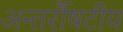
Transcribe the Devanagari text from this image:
अन्तर्रौषटीय